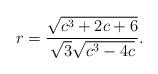
LaTeX: \begin{align*} r=\frac{\sqrt{c^3+2 c+6}}{\sqrt{3} \sqrt{c^3-4 c}}.\end{align*}